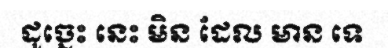
ដូច្នេះ នេះ មិន ដែល មាន ទេ